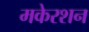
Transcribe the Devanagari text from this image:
मकेरशन